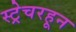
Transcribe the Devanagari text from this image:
स्ट्रेचरहून